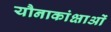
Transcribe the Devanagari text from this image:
यौनाकांक्षाओं